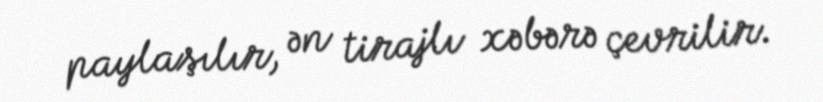
paylaşılır, ən tirajlı xəbərə çevrilir.